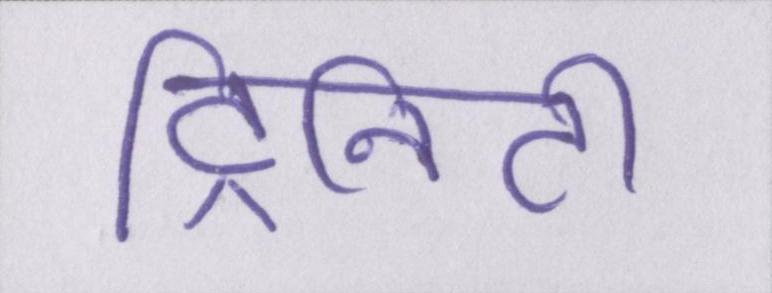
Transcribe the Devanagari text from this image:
ट्रिनिटी